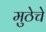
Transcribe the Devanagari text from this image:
मुठेचे